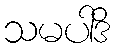
သမပါဒိ